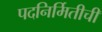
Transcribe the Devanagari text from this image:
पदनिर्मितीची